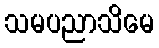
သမပညာသိမေ